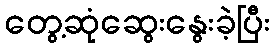
တွေ့ဆုံဆွေးနွေးခဲ့ပြီး